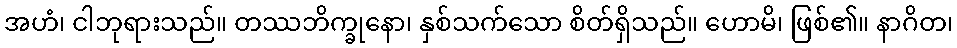
အဟံ၊ ငါဘုရားသည်။ တဿဘိက္ခုနော၊ နှစ်သက်သော စိတ်ရှိသည်။ ဟောမိ၊ ဖြစ်၏။ နာဂိတ၊